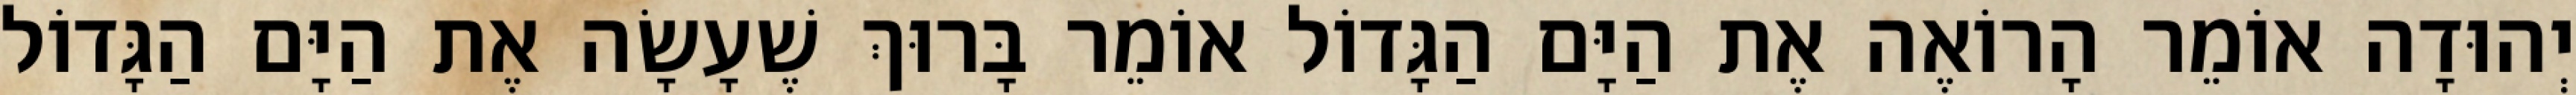
יְהוּדָה אוֹמֵר הָרוֹאֶה אֶת הַיָּם הַגָּדוֹל אוֹמֵר בָּרוּךְ שֶׁעָשָׂה אֶת הַיָּם הַגָּדוֹל